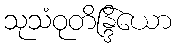
သုသံဝုတိန္ဒြိယော